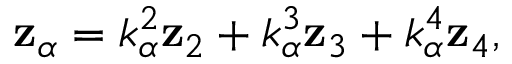
\begin{array} { r } { { \bf z } _ { \alpha } = k _ { \alpha } ^ { 2 } { \bf z } _ { 2 } + k _ { \alpha } ^ { 3 } { \bf z } _ { 3 } + k _ { \alpha } ^ { 4 } { \bf z } _ { 4 } , } \end{array}